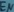
Text: EN